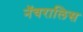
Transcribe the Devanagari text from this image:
नॅचरालिस